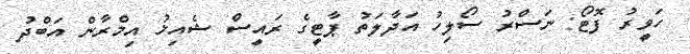
ހަވީރު ފޮޓޯ: ނަސްރު ސޯލިހު އަދާލަތު ޕާޓީގެ ރައީސް ޝެއިޚު އިމްރާން އަބްދު